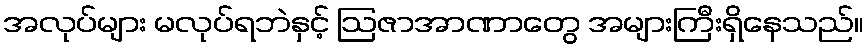
အလုပ်များ မလုပ်ရဘဲနှင့် ဩဇာအာဏာတွေ အများကြီးရှိနေသည်။